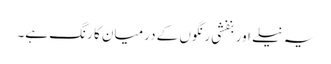
یہ نیلے اور بنفشی رنگوں کے درمیان کا رنگ ہے۔